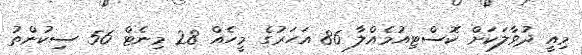
މިއީ ދުވާލަކަށް ކޮސްޓިއުމެއްލާ 86 އަހަރުގެ މީހެއް 28 މިނެޓް 56 ސިކުންތު